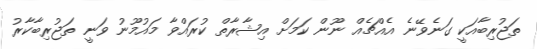
ތަޖުރިބާއަކީ ގަނެވޭނެ އެއްޗެއް ނޫން ކަމަށް އިޝާރާތް ކުރައްވާ މައުމޫނު ވަނީ ތަޖުރިބާކާރު